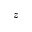
z